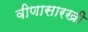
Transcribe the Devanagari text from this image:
वीणासारखी